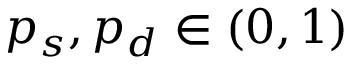
p _ { s } , p _ { d } \in ( 0 , 1 )